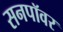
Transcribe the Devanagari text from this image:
सनपॉवर